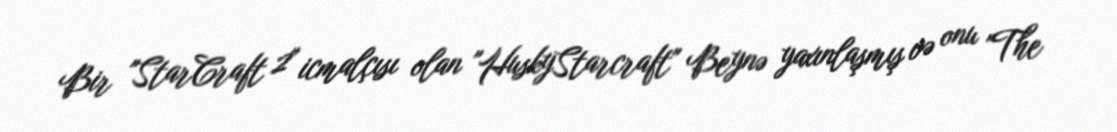
Bir "StarCraft 2" icmalçısı olan "HuskyStarcraft" Beynə yaxınlaşmış və onu "The